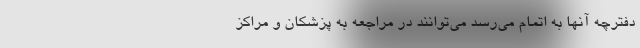
دفترچه آنها به اتمام می‌رسد می‌توانند در مراجعه به پزشکان و مراکز